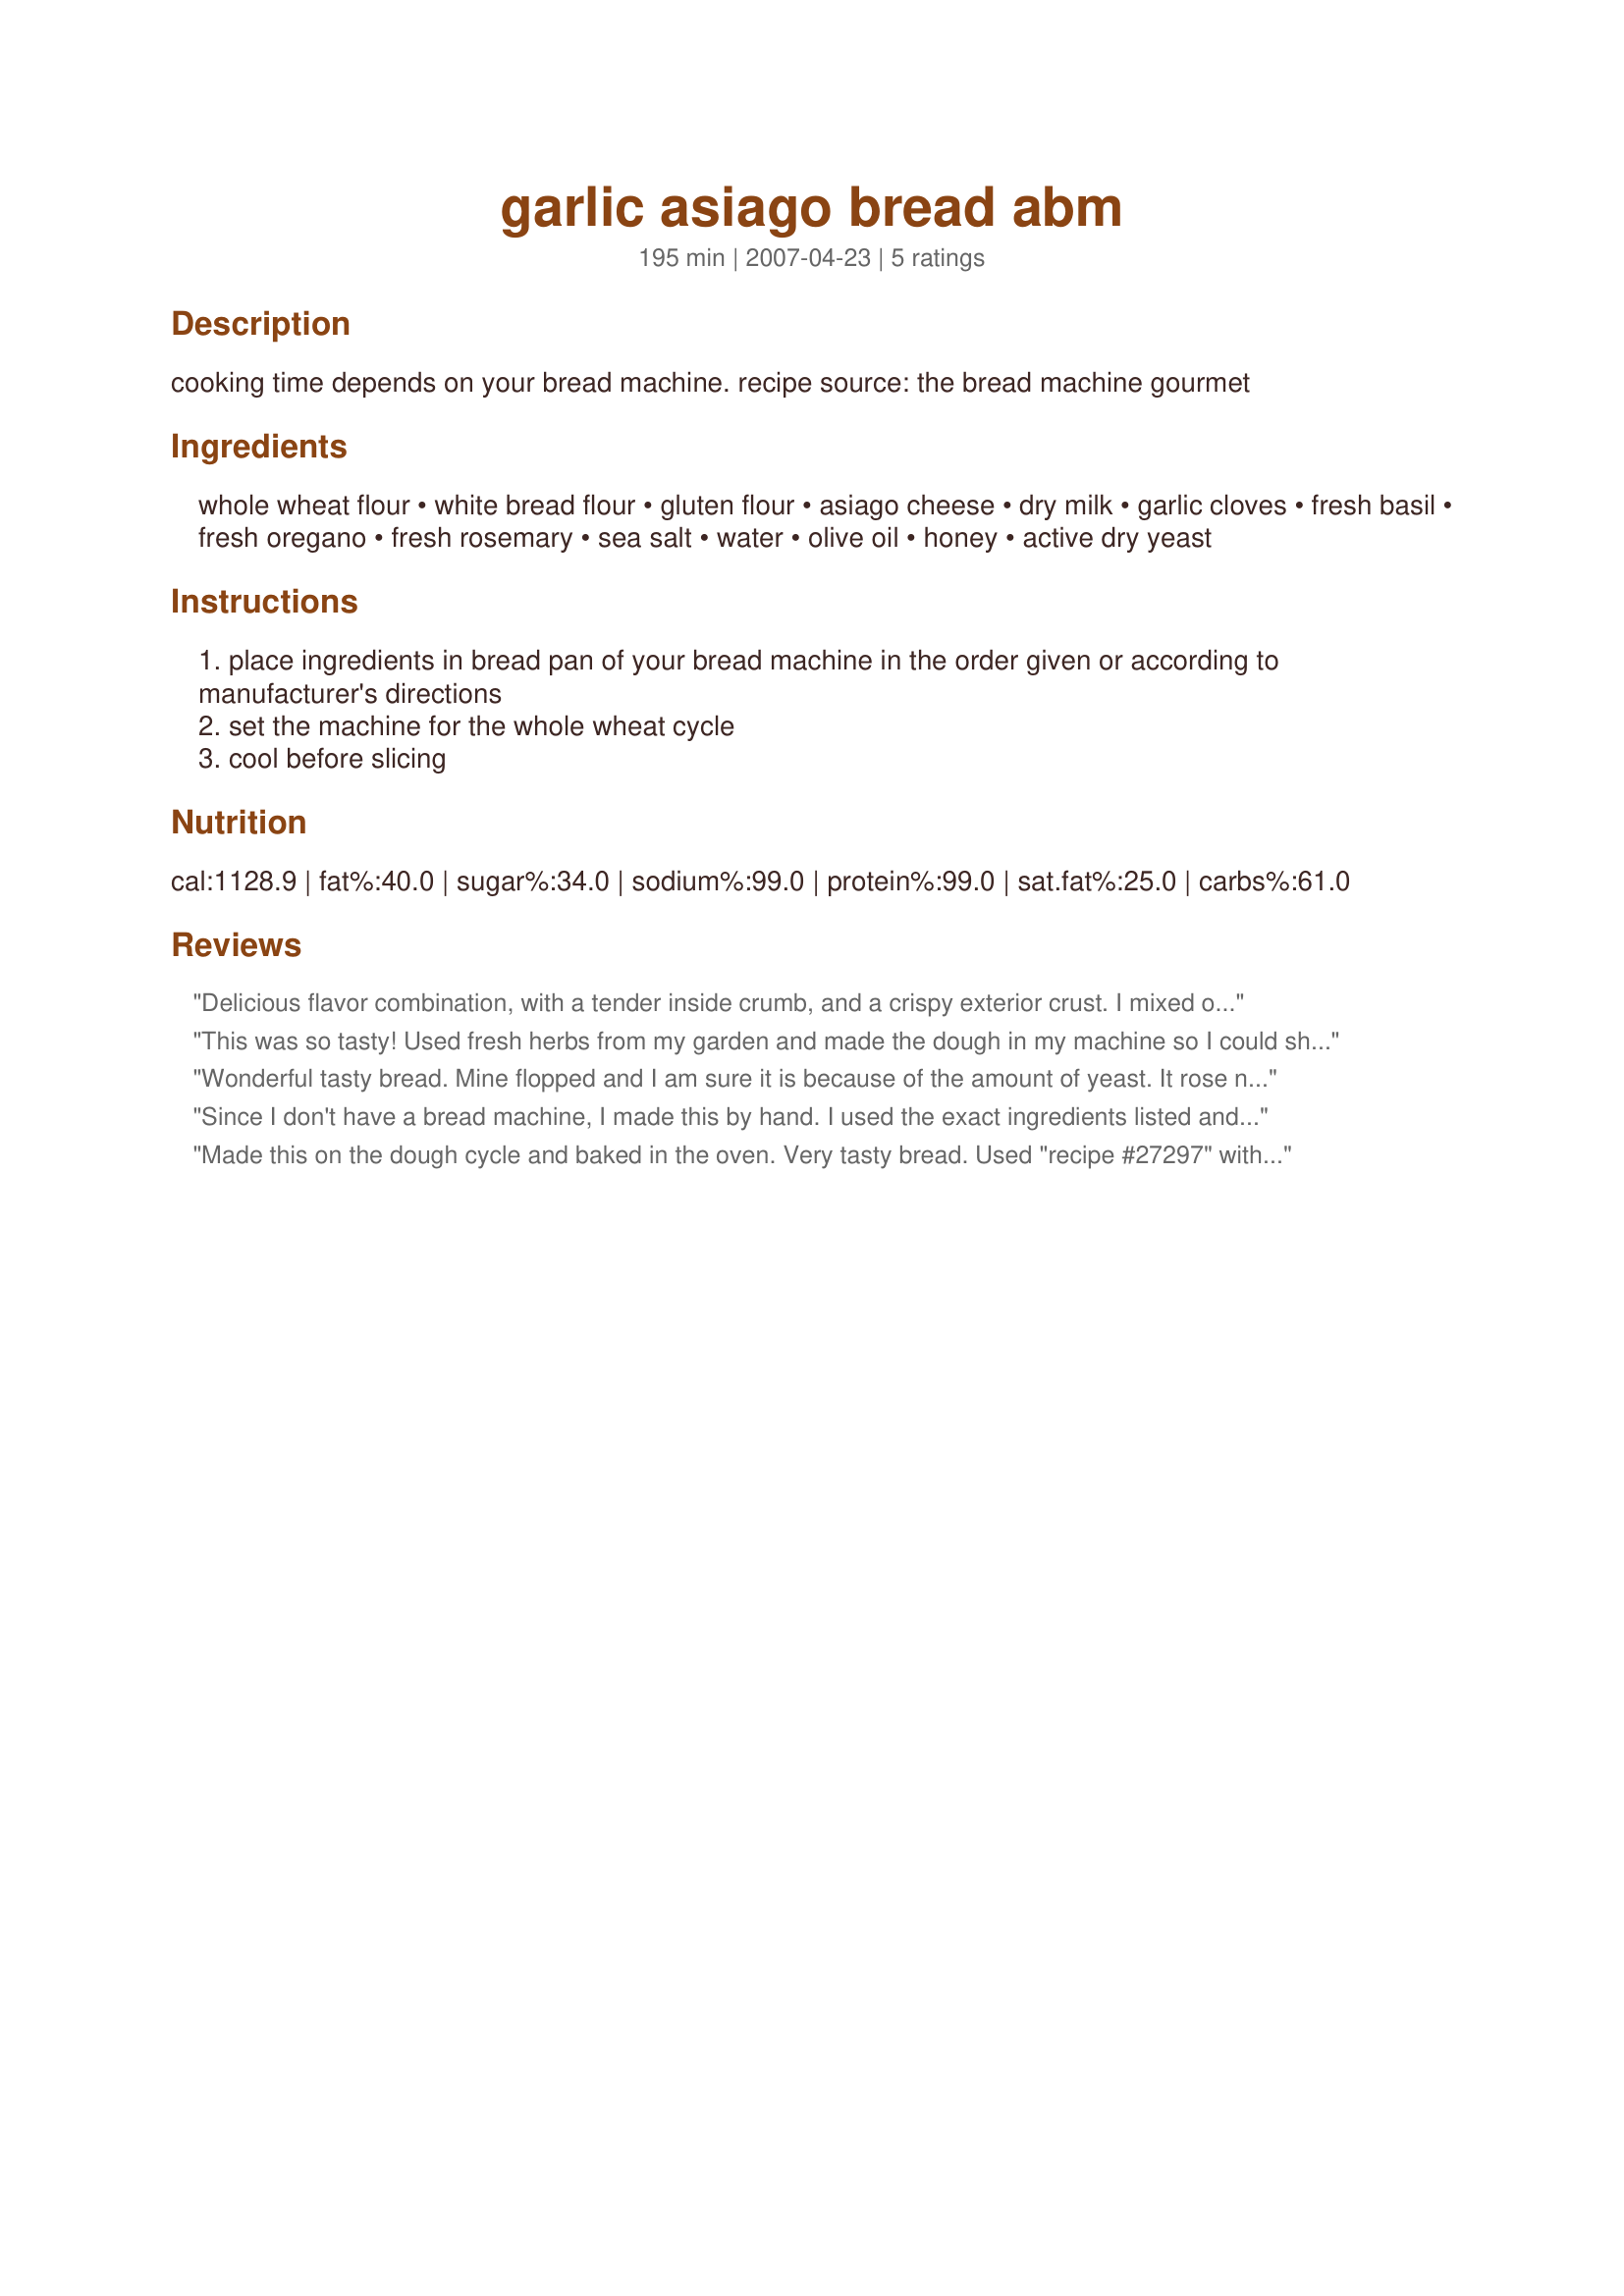
garlic asiago bread abm
Preparation time: 195 minutes

cooking time depends on your bread machine. recipe source: the bread machine gourmet

Ingredients:
whole wheat flour, white bread flour, gluten flour, asiago cheese, dry milk, garlic cloves, fresh basil, fresh oregano, fresh rosemary, sea salt, water, olive oil, honey, active dry yeast

Steps:
place ingredients in bread pan of your bread machine in the order given or according to manufacturer's directions
set the machine for the whole wheat cycle
cool before slicing

Reviews:
Delicious flavor combination, with a tender inside crumb, and a crispy exterior crust. I mixed on the dough cycle, then baked in Pyrex at 375F for 35 minutes. I used 1 1/4 cups bread flour, subbed buttermilk powder for the dry milk, added one tablespoon vital wheat gluten, and added several generous grinds of black pepper. Tagged for Rookie Recipes, due 01/27/14.
This was so tasty! Used fresh herbs from my garden and made the dough in my machine so I could shape it myself. Made it for dinner and it's already almost gone. We loved it. Thanks for a great recipe.
Wonderful tasty bread. Mine flopped and I am sure it is because of the amount of yeast. It rose nicely but didn`t stay. But all in all it was delish!
Since I don't have a bread machine, I made this by hand. I used the exact ingredients listed and it turned out perfectly. The spices, cheese and garlic are the perfect combination - this would be very good served with herbed butter. I served this warm with a veggie casserole and had the leftovers for turkey sandwiches - it was perfect both ways!!
Made this on the dough cycle and baked in the oven. Very tasty bread. Used "recipe #27297" with it. yum-yum!
